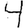
Digit: 4